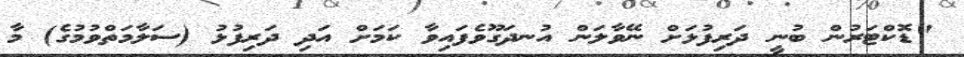
"ޑޮކްޓަރުން ބުނީ ދަރިފުޅަށް ނޭވާލަން އުނދަގޫވެފައިވާ ކަމަށް އަދި ދަރިފުޅު (ސަލާމަތްވުމުގެ) މާ